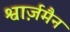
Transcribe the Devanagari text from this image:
श्वार्ज़मैन